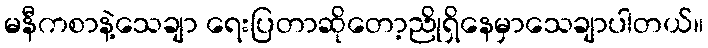
မနီကစာနဲ့သေချာ ရေးပြတာဆိုတော့ညိုရှိနေမှာသေချာပါတယ်။